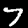
Label: 7